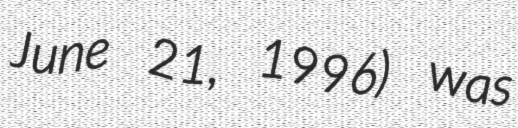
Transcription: June 21, 1996) was